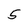
Character: 5